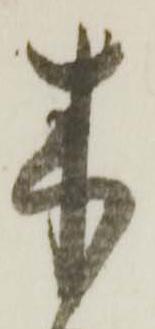
木